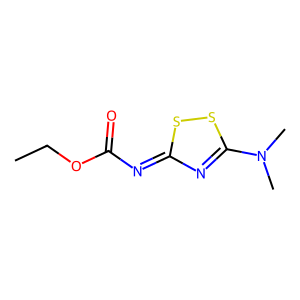
SMILES: CCOC(=O)N=c1nc(N(C)C)ss1
Inhibits HIV replication: No